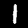
Label: 1